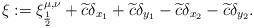
LaTeX: \begin{align*}\xi:=\xi_{\frac{1}{2}}^{\mu,\nu}+\widetilde{c}\delta_{x_1}+\widetilde{c}\delta_{y_1}-\widetilde{c}\delta_{x_2}-\widetilde{c}\delta_{y_2}.\end{align*}